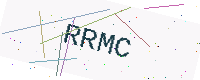
Text: RRMC